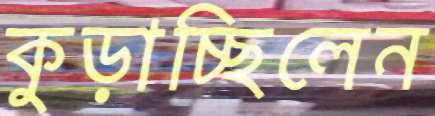
কুড়াচ্ছিলেন